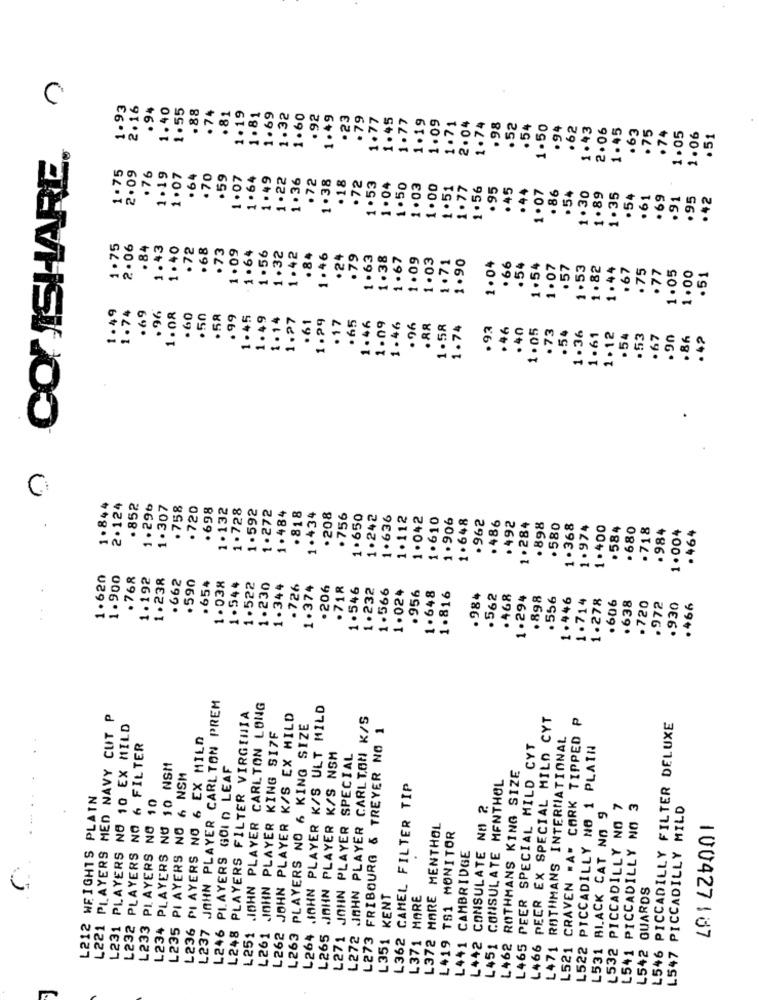
CONISHARE. .
1.93
2.16
.94
1.40
1.55
.88
.74
.81
1.19
1.81
1.69
1.32
1.60
.92
1.49
23
.79
1.77
1.45
1.77
1.19
1.09
1.71
2. 04
1.74
.98
.52
54
1.50
.94
.62
1.43
2.06
1.45
.63
.75
.74
1.05
1.06
.51
1.75
2.09
.76
1.19
1.07
64
.70
.59
1.07
1.64
1.49
1.22
1.36
.72
1.38
. 18
.72
1.53
1 .04
1.50
1.03
1.00
1 .51
1.77
1.56
.95
. 45
. 44
1.07
. 86
. 54
1.30
1.89
1.35
.54
61
. 69
.91
.95
.42
1.75
2.06
. 84
1.43
1.40
.72
.68
.73
1.09
. 1 .64
1.56
1.32
1.42
.84
1.46
.24
.79
1 .63
1.38
1.67
1.09
1.03
1.71
1.90
1.04
. 66
. 54
1.54
1 . 07
. 57
1.53
1.82
1.44
.67
.75
1.05
1.00
.77
.51
1.49
1.74
. 69
. 96
1.08
.60
.50
. 58
. 99
1.45
1. 49
1.14
1.27
1.29
17
. 65
. 61
1.46
1.09
1.46
.96
. 88
1.58
1.74
.93
. 46
. 40
1 . 05
. 73
.54
1.36
1.61
1.12
.54
.53
.67
.90
. 86
.42
1.844
2.124
. 852
1.296
1.307
. 758
. 720
. 698
1.132
1.728
1.592
1.272
.818
1.484
1 . 434
.208
. 756
1.650
1.242
1.636
1.112
1.042
1.610
1.906
1.648
.962
. 486
.492
1 .284
.898
. 580
1 .368
1.974
1.400
.584
. 680
.718
.984
1.004
. 464
1.620
1.900
. 768
1.192
1.238
. 662
.590
.654
1.544
1. 038
1.522
1.230
1.344
.726
1.374
. 206
.718
1.546
1.232
1.566
1.024
.956
1.648
1.816
. 984
.562
. 468
1. 294
.898
. 556
1.446
1.714
1.278
.606
.638
.720
.972
.930
. 466
L237 JOHN PLAYER CARLTON PREM
L251 .JOHN PLAYER CARLTON LONG
L264 .IAHN PLAYER K/S ULT MILD
L221 PLAYERS MED NAVY CUT P
L248 PLAYERS FILTER VIRGINIA
L262 JOHN PLAYER K/S EX HILD
L272 JAHN PLAYER CARLTON K/S
PEER EX SPECIAL MILO CYT
L521 CRAVEN "A" CORK TIPPED P
L231 PLAYERS NO 10 EX MILD
L261 JOHN PLAYER KING SI7F
L263 PLAYERS NO 6 KING SIZE
L273 FRIBOURG & TREYER NO 1
L546 PICCADILLY FILTER DELUXE
L236 PI AYERS NO 6 EX MILD
ROTHMANS INTERNATIONAL
L232 PLAYERS NO 6 FILTER
L465 PEER SPECIAL MILD CYT
L522 PICCADILLY NO 1 PLAIN
L265 JOHN PLAYER K/S NSM
L271 JOHN PLAYER SPECIAL
L234 PLAYERS NO 10 NSM
PLAYERS GOLD LEAF
L462 ROTHMANS KING SIZE
L235 PI AYERS NO 6 NSM
CONSULATE MENTHOL
L362 CAMEL FILTER TIP
L212 WEIGHTS PLAIN
L233 PLAYERS NO 10
CONSULATE NA ?
L532 PICCADILLY NO 7
L541 PICCADILLY NO 3
L547 PICCADILLY MILD
L531 BLACK CAT NO 9
L372 MARE MENTHOL
L419 TS1 MONITOR
L441 CAMBRIDGE
L542 GUARDS
L351 KENT
L371 MARE
L246
L442
L451
100427187
L466
L471